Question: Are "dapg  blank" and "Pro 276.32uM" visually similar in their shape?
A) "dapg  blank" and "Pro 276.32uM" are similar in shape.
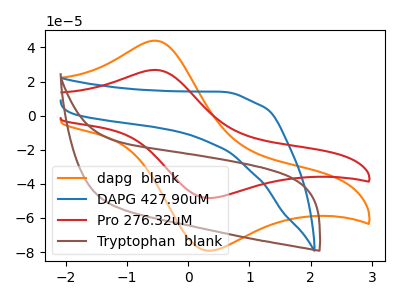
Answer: <think>The orange curve "dapg  blank" has an anodic peak at (-0.55V, 43.95uA) and a cathodic peak at (0.30V, -79.15uA). The blue curve "DAPG 427.90uM" has no peaks. The red curve "Pro 276.32uM" has an anodic peak at (-0.55V, 26.80uA) and a cathodic peak at (0.30V, -48.25uA). The brown curve "Tryptophan  blank" has no peaks.
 All the peaks in "dapg  blank" have a peak in "Pro 276.32uM" at the same potential. Every peak in "dapg  blank" is higher than every peak in "Pro 276.32uM".</think>
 <answer>A) "dapg  blank" and "Pro 276.32uM" are similar in shape.</answer>
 <eval>A</eval>